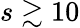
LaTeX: s\gtrsim 10